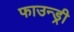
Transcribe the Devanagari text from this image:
फाउन्ड्री